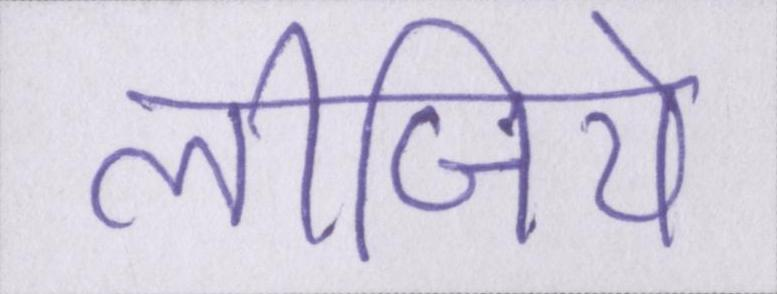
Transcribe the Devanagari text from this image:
लीजिये